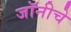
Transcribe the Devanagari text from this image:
जॉनीचे